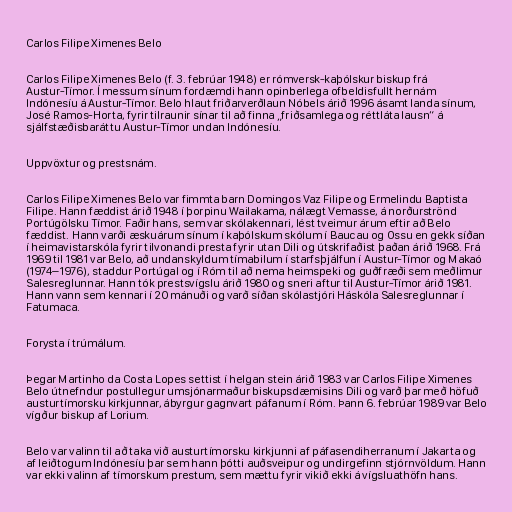
Carlos Filipe Ximenes Belo

Carlos Filipe Ximenes Belo (f. 3. febrúar 1948) er rómversk-kaþólskur biskup frá
Austur-Tímor. Í messum sínum fordæmdi hann opinberlega ofbeldisfullt hernám
Indónesíu á Austur-Tímor. Belo hlaut friðarverðlaun Nóbels árið 1996 ásamt landa sínum,
José Ramos-Horta, fyrir tilraunir sínar til að finna „friðsamlega og réttláta lausn“ á
sjálfstæðisbaráttu Austur-Tímor undan Indónesíu.

Uppvöxtur og prestsnám.

Carlos Filipe Ximenes Belo var fimmta barn Domingos Vaz Filipe og Ermelindu Baptista
Filipe. Hann fæddist árið 1948 í þorpinu Wailakama, nálægt Vemasse, á norðurströnd
Portúgölsku Tímor. Faðir hans, sem var skólakennari, lést tveimur árum eftir að Belo
fæddist. Hann varði æskuárum sínum í kaþólskum skólum í Baucau og Ossu en gekk síðan
í heimavistarskóla fyrir tilvonandi presta fyrir utan Dili og útskrifaðist þaðan árið 1968. Frá
1969 til 1981 var Belo, að undanskyldum tímabilum í starfsþjálfun í Austur-Tímor og Makaó
(1974–1976), staddur Portúgal og í Róm til að nema heimspeki og guðfræði sem meðlimur
Salesreglunnar. Hann tók prestsvígslu árið 1980 og sneri aftur til Austur-Tímor árið 1981.
Hann vann sem kennari í 20 mánuði og varð síðan skólastjóri Háskóla Salesreglunnar í
Fatumaca.

Forysta í trúmálum.

Þegar Martinho da Costa Lopes settist í helgan stein árið 1983 var Carlos Filipe Ximenes
Belo útnefndur postullegur umsjónarmaður biskupsdæmisins Dili og varð þar með höfuð
austurtímorsku kirkjunnar, ábyrgur gagnvart páfanum í Róm. Þann 6. febrúar 1989 var Belo
vígður biskup af Lorium.

Belo var valinn til að taka við austurtímorsku kirkjunni af páfasendiherranum í Jakarta og
af leiðtogum Indónesíu þar sem hann þótti auðsveipur og undirgefinn stjórnvöldum. Hann
var ekki valinn af tímorskum prestum, sem mættu fyrir vikið ekki á vígsluathöfn hans.